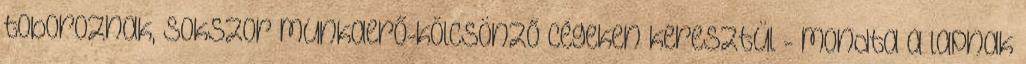
toboroznak, sokszor munkaerő-kölcsönző cégeken keresztül - mondta a lapnak